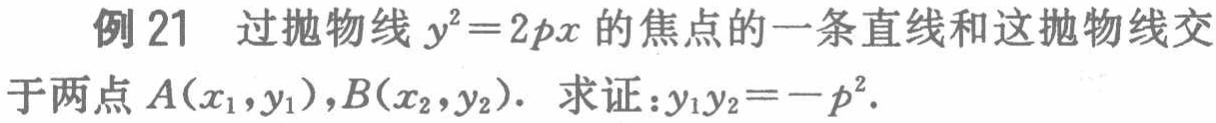
例 21 过抛物线 \(y^{2}=2px\) 的焦点的一条直线和这抛物线交于两点 \(A(x_{1},y_{1}),B(x_{2},y_{2})\). 求证：\(y_{1}y_{2}=-p^{2}\).